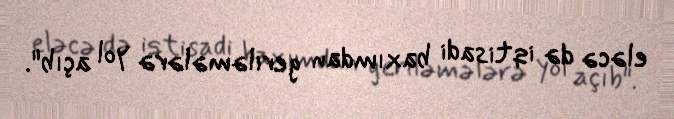
eləcə də iqtisadi baxımdan geriləmələrə yol açıb".